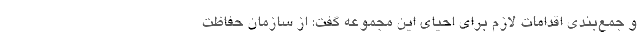
و جمع‌بندی اقدامات لازم برای احیای این مجموعه گفت: از سازمان حفاظت